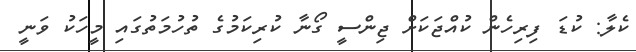
ކެލާ: ކުޑަ ފިރިހެން ކުއްޖަކަށް ޖިންސީ ގޯނާ ކުރިކަމުގެ ތުހުމަތުގައި މީހަކު ވަނީ